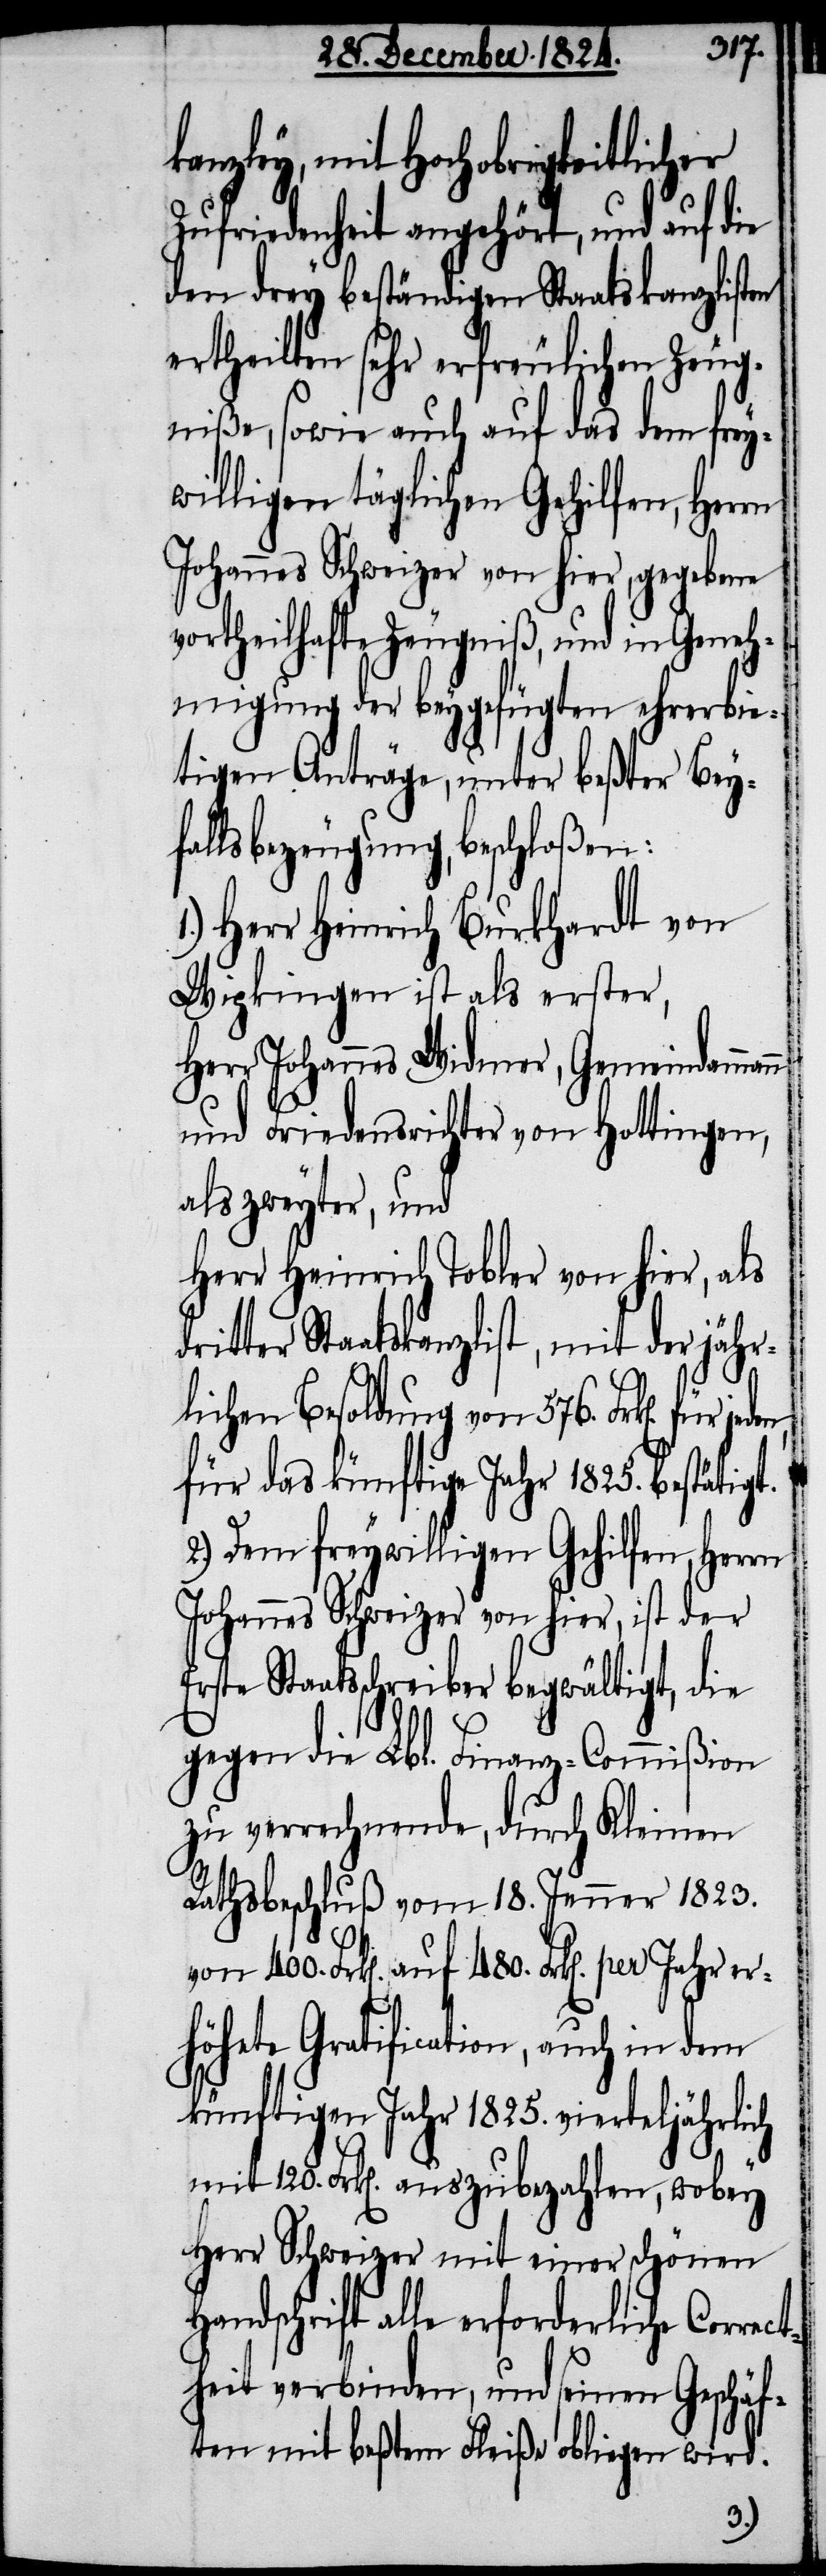
rect¬
Zufriedenheit angehört, und auf die
den drey beständigen Staatskanzlisten
ertheilten sehr erfreulichen Zeug¬
niße, sowie auch auf das dem frey¬
willigen täglichen Gehilfen, Herrn
Johannes Schweizer von hier, gegebene
vortheilhafte Zeugniß, und in Geneh¬
migung der beygefügten ehrerbie¬
tigen Anträge, unter beßter Bey¬
fallsbezeugung, beschloßen:
Herr Heinrich Burkhardt von
Wipkingen ist als erster,
Herr Johannes Widmer, Gemeindamman¬
n und Friedensrichter von Hottingen,
als zweyter, und
Herr Heinrich Tobler von hier, als
lichen Besoldung von 576. Frk[en].
für das künftige Jahr 1825. bestätigt.
2.) Dem freywilligen Gehilfen, Herrn
Johannes Schweizer von hier, ist der
Erste Staatsschreiber begwältigt, die
gegen die Lbl. Finanz-Commißion
zu verrechnende, durch Kleinen
Rathsbeschluß vom 18. Jenner 1823.
höhete Gratification, auch in dem
künftigen Jahr 1825. vierteljährlich
mit 120. Frk[en]. auszubezahlen, wobey
Herr Schweizer mit einer schönen
alle erforderliche Cor¬
heit verbinden, und seinen Geschäf¬
ten mit beßtem Fleiße obliegen wird.